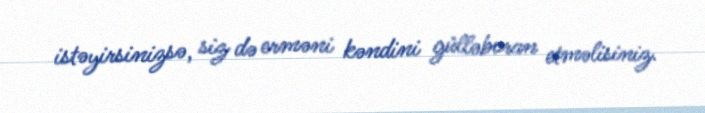
istəyirsinizsə, siz də erməni kəndini gülləboran etməlisiniz.